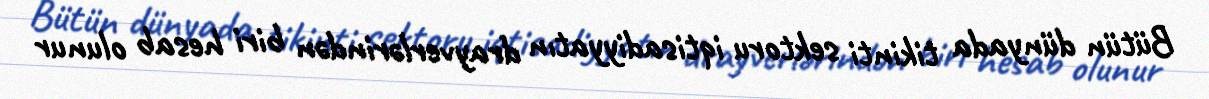
Bütün dünyada tikinti sektoru iqtisadiyyatın drayverlərindən biri hesab olunur